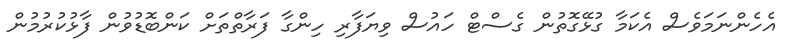
އެހެންނަމަވެސް އެކަމާ ގުޅޭގޮތުން ގެސްޓް ހައުސް ވިޔަފާރި ހިންގާ ފަރާތްތަށް ކަންބޮޑުވުން ފާޅުކުރުމުން